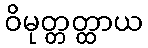
ဝိမုတ္တတ္ထာယ